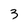
Character: 3